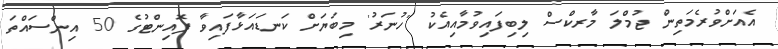
އެއަށްވުރެމަތިން ޖުމްލަ މާރކްސް ލިބިފައިވުމާއިއެކު 'ހުނަރު' މިބަޔަށް ކަނޑައަޅާފައިވާ ޕޮއިންޓުގެ 50 އިންސައްތަ